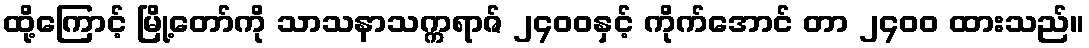
ထို့ကြောင့် မြို့တော်ကို သာသနာသက္ကရာဇ် ၂၄၀၀နှင့် ကိုက်အောင် တာ ၂၄၀၀ ထားသည်။